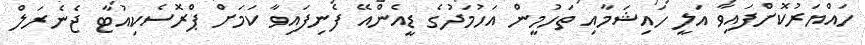
ހައްޔަރުކޮށްފައިވާ އަލީ ހައިޝަމާއި ތަހުމީން އަހުމަދުގެ ޑީއެންއޭ ފެނިފައިވާ ކަމަށް ޕްރޮސެކިއުޓާ ޖެނެރަލް